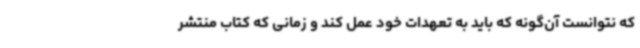
که نتوانست آن‌گونه که باید به تعهدات خود عمل کند و زمانی که کتاب منتشر